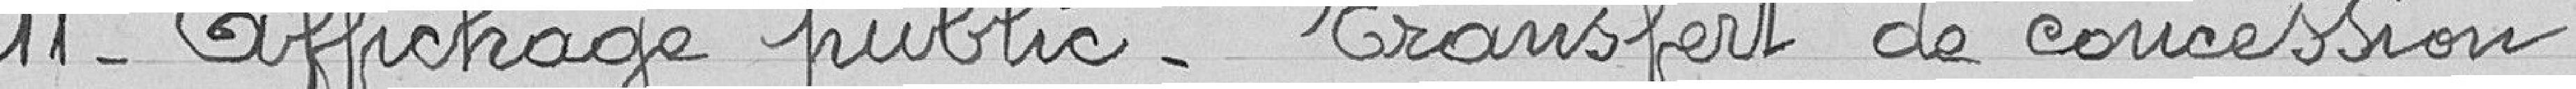
11- Affichage public - Transfert de concessions